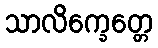
သာလိက္ခေတ္တေ